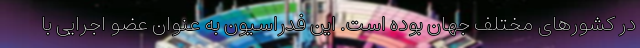
در کشورهای مختلف جهان بوده است. این فدراسیون به عنوان عضو اجرایی با